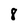
Character: 8